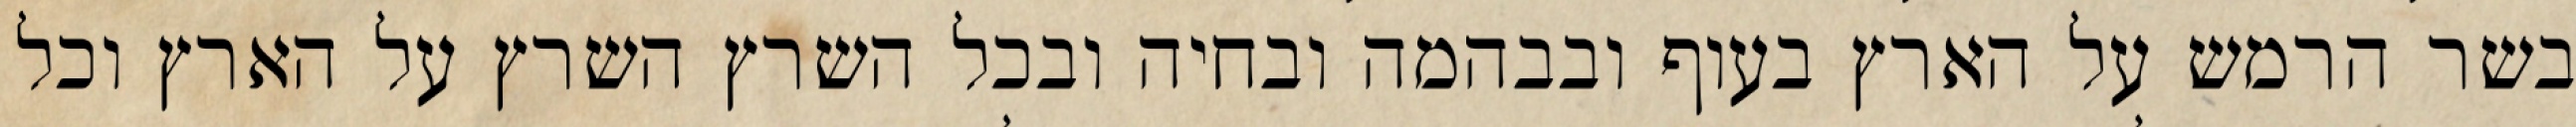
בשר הרמש על הארץ בעוף ובבהמה ובחיה ובכל השרץ השרץ על הארץ וכל